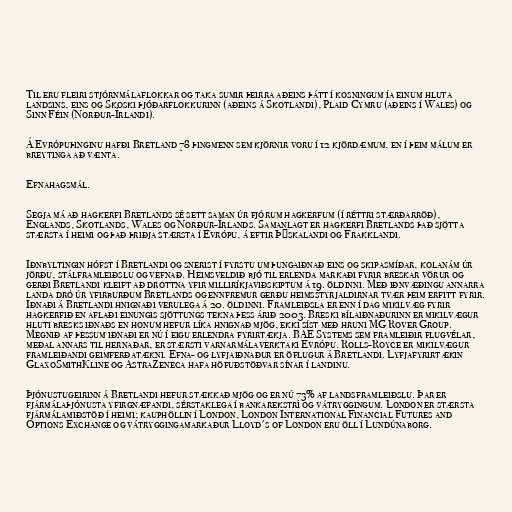
Til eru fleiri stjórnmálaflokkar og taka sumir þeirra aðeins þátt í kosningum ía einum hluta
landsins, eins og Skoski þjóðarflokkurinn (aðeins á Skotlandi), Plaid Cymru (aðeins í Wales) og
Sinn Féin (Norður-Írlandi).

Á Evrópuþinginu hafði Bretland 78 þingmenn sem kjörnir voru í 12 kjördæmum, en í þeim málum er
breytinga að vænta.

Efnahagsmál.

Segja má að hagkerfi Bretlands sé sett saman úr fjórum hagkerfum (í réttri stærðarröð),
Englands, Skotlands, Wales og Norður-Írlands. Samanlagt er hagkerfi Bretlands það sjötta
stærsta í heimi og það þriðja stærsta í Evrópu, á eftir Þýskalandi og Frakklandi.

Iðnbyltingin hófst í Bretlandi og snerist í fyrstu um þungaiðnað eins og skipasmíðar, kolanám úr
jörðu, stálframleiðslu og vefnað. Heimsveldið bjó til erlenda markaði fyrir breskar vörur og
gerði Bretlandi kleift að drottna yfir milliríkjaviðskiptum á 19. öldinni. Með iðnvæðingu annarra
landa dró úr yfirburðum Bretlands og ennfremur gerðu heimsstyrjaldirnar tvær þeim erfitt fyrir.
Iðnaði á Bretlandi hnignaði verulega á 20. öldinni. Framleiðsla er enn í dag mikilvæg fyrir
hagkerfið en aflaði einungis sjöttungs tekna þess árið 2003. Breski bílaiðnaðurinn er mikilvægur
hluti bresks iðnaðs en honum hefur líka hnignað mjög, ekki síst með hruni MG Rover Group.
Megnið af þessum iðnaði er nú í eigu erlendra fyrirtækja. BAE Systems sem framleiðir flugvélar,
meðal annars til hernaðar, er stærsti varnarmálaverktaki Evrópu. Rolls-Royce er mikilvægur
framleiðandi geimferðatækni. Efna- og lyfjaiðnaður er öflugur á Bretlandi. Lyfjafyrirtækin
GlaxoSmithKline og AstraZeneca hafa höfuðstöðvar sínar í landinu.

Þjónustugeirinn á Bretlandi hefur stækkað mjög og er nú 73% af landsframleiðslu. Þar er
fjármálaþjónusta yfirgnæfandi, sérstaklega í bankarekstri og vátryggingum. London er stærsta
fjármálamiðstöð í heimi; kauphöllin í London, London International Financial Futures and
Options Exchange og vátryggingamarkaður Lloyd's of London eru öll í Lundúnaborg.